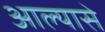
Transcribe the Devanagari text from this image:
आल्यासे